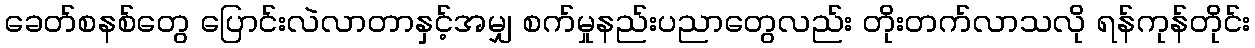
ခေတ်စနစ်တွေ ပြောင်းလဲလာတာနှင့်အမျှ စက်မှုနည်းပညာတွေလည်း တိုးတက်လာသလို ရန်ကုန်တိုင်း